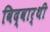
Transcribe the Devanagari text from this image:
विद्वार्थी